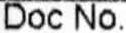
DOC NO.